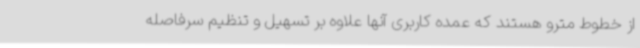
از خطوط مترو هستند که عمده کاربری آنها علاوه بر تسهیل و تنظیم سرفاصله